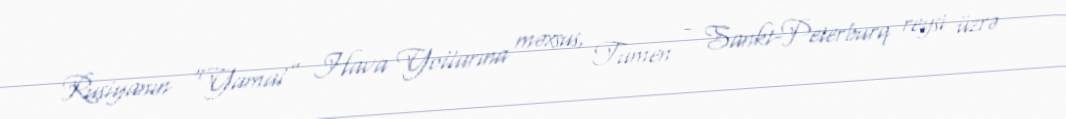
Rusiyanın “Yamal” Hava Yollarına məxsus, Tumen - Sankt-Peterburq reysi üzrə